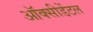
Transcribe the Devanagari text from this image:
ऑक्‍सीडेंटल